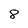
Character: 8